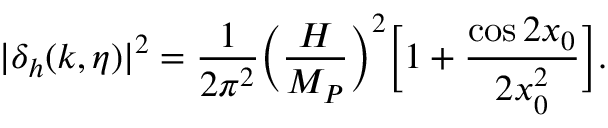
| \delta _ { h } ( k , \eta ) | ^ { 2 } = \frac { 1 } { 2 \pi ^ { 2 } } \biggl ( \frac { H } { M _ { P } } \biggr ) ^ { 2 } \biggl [ 1 + \frac { \cos { 2 x _ { 0 } } } { 2 x _ { 0 } ^ { 2 } } \biggr ] .